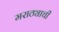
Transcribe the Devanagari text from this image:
मराठ्याची